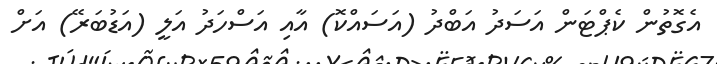
އެގޮތުން ކެޕްޓަން އަސަދު އަބްދު (އަސައްކޮ) އާއި އަސްހަދު އަލީ (އަޑުބަރޭ) އަށް